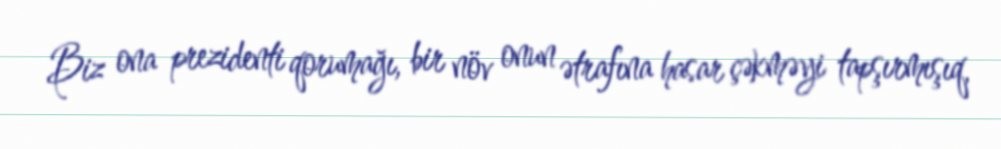
Biz ona prezidenti qorumağı, bir növ onun ətrafına hasar çəkməyi tapşırmışıq,